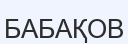
БАБАҚОВ